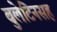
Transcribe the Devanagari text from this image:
बुलेटिनसह